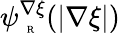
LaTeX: \psi_{\mathrm{~\tiny~R~}}^{\nabla\xi}(|\nabla\xi|)